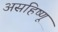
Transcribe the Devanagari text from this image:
असहिष्णू